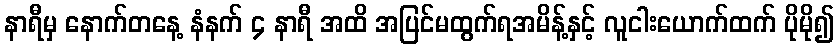
နာရီမှ နောက်တနေ့ နံနက် ၄ နာရီ အထိ အပြင်မထွက်ရအမိန့်နှင့် လူငါးယောက်ထက် ပိုမို၍